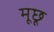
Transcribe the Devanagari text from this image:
मूछू